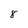
Character: 8